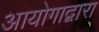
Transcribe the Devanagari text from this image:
आयोगाद्वारा